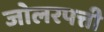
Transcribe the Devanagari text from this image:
जोलरपत्ती